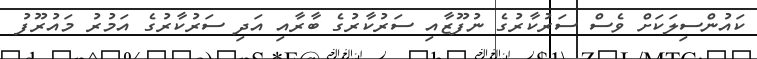
ކައުންސިލަކަށް ވެސް ސަރުކާރުގެ ނުފޫޒާއި ސަރުކާރުގެ ބާރާއި އަދި ސަރުކާރުގެ އަމުރު މައުރޫފު